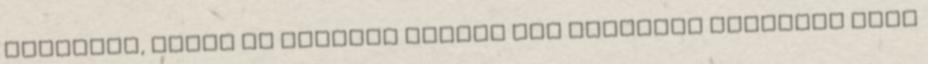
aggályos, hanem az esetleg belőle lúg hatására kioldódó fene